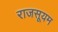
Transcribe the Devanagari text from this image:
राजसूयम